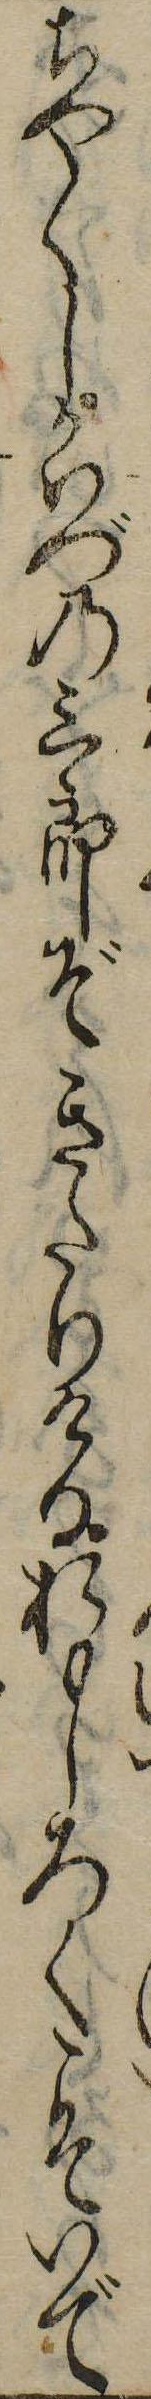
ちやくしがいづの三郎ぞきたりけるおもしろくこそいで